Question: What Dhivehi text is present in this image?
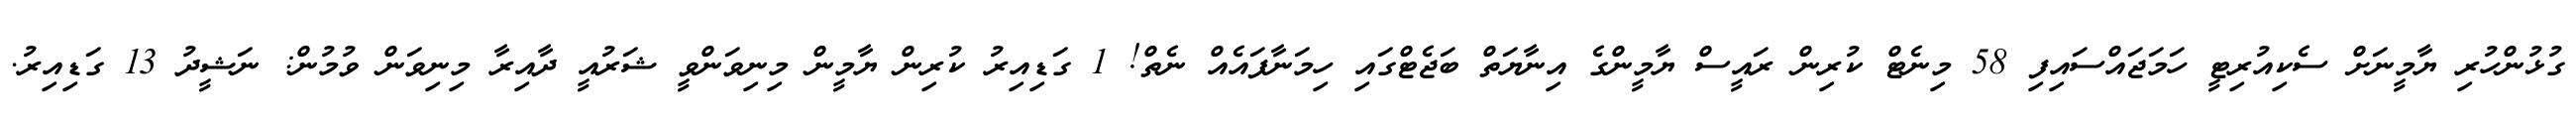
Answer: ގުޅުންހުރި ޔާމީނަށް ސެކިއުރިޓީ ހަމަޖައްސައިފި 58 މިނެޓް ކުރިން ރައީސް ޔާމީންގެ އިނާޔަތް ބަޖެޓްގައި ހިމަނާފައެއް ނެތް! 1 ގަޑިއިރު ކުރިން ޔާމީން މިނިވަންވީ ޝަރުއީ ދާއިރާ މިނިވަން ވުމުން: ނަޝީދު 13 ގަޑިއިރު.